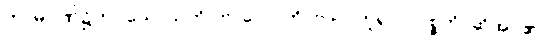
ကာမဂုဏ်၌တပ်သောသူကို။ ဗာလောတိ၊ ဗာလဟူ၍။ ပဝုစ္စတိ၊ ဆိုအပ်၏။